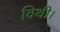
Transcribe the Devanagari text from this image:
विथी।